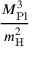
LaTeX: \frac { M _ { \mathrm { P l } } ^ { 3 } } { m _ { \mathrm { H } } ^ { 2 } }